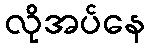
လိုအပ်နေ